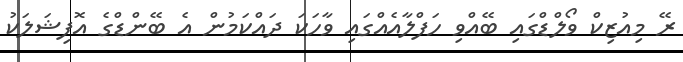
ރޭ މިއުޒިކް ވޯލްޑްގައި ބޭއްވި ހަފްލާއެއްގައި ވާހަކަ ދައްކަމުން އެ ބޭންޑްގެ އޮފިޝަލަކު